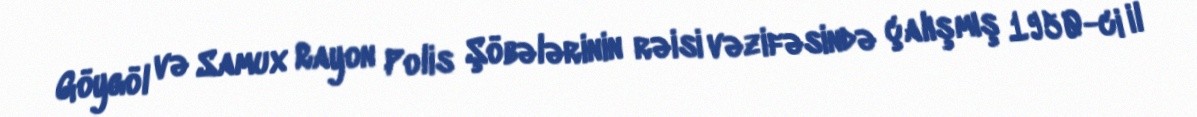
Göygöl və Samux Rayon Polis Şöbələrinin rəisi vəzifəsində çalışmış 1950-ci il